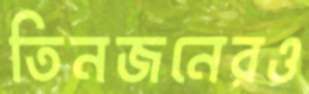
তিনজনেরও